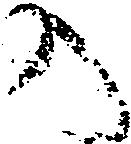
入